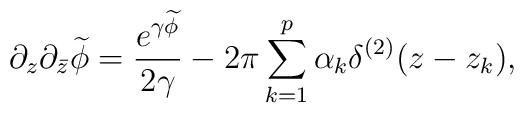
\partial_z\partial_{\bar z}\widetilde \phi={e^{\gamma\widetilde \phi}\over 2\gamma}-2\pi\sum_{k=1}^p\alpha_k\delta^{(2)}(z-z_k),